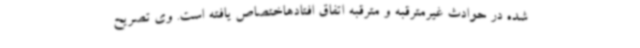
شده در حوادث غیرمترقبه و مترقبه اتفاق افتادهاختصاص یافته است. وی تصریح